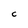
Character: C